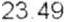
23.49